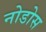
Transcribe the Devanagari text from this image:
नोडोस